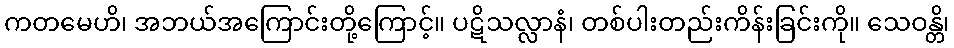
ကတမေဟိ၊ အဘယ်အကြောင်းတို့ကြောင့်။ ပဋိသလ္လာနံ၊ တစ်ပါးတည်းကိန်းခြင်းကို။ သေဝန္တိ၊